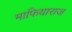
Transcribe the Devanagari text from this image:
माफियाराज